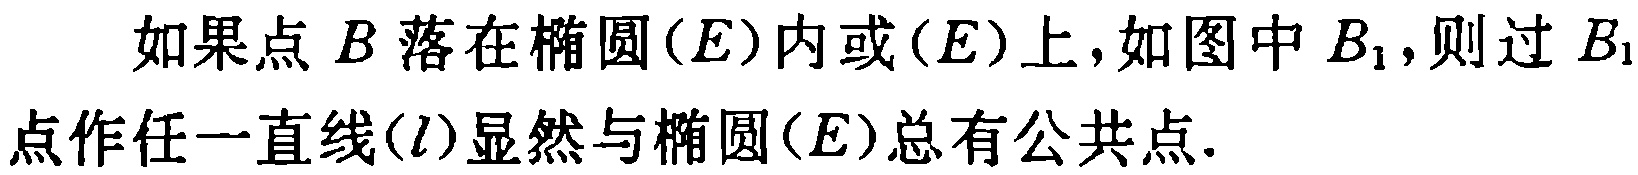
如果点\(B\)落在椭圆\((E)\)内或\((E)\)上，如图中\(B_1\)，则过 \(B_1\)点作任一直线\((l)\)显然与椭圆\((E)\)总有公共点.